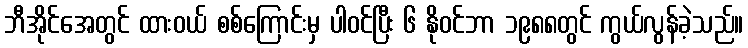
ဘီအိုင်အေတွင် ထားဝယ် စစ်ကြောင်းမှ ပါဝင်ပြီး ၆ နိုဝင်ဘာ ၁၉၈၈တွင် ကွယ်လွန်ခဲ့သည်။